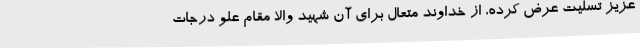
عزیز تسلیت عرض کرده، از خداوند متعال برای آن شهید والا مقام علو درجات